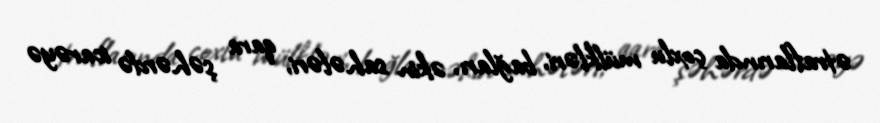
ətraflarında çoxlu mülkləri, bağları, əkin sahələri, qara şəhərdə icarəyə